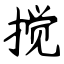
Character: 搅